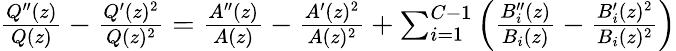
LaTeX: \begin{array}{r}{\frac{Q^{\prime\prime}(z)}{Q(z)}-\frac{Q^{\prime}(z)^{2}}{Q(z)^{2}}=\frac{A^{\prime\prime}(z)}{A(z)}-\frac{A^{\prime}(z)^{2}}{A(z)^{2}}+\sum_{i=1}^{C-1}\left(\frac{B_{i}^{\prime\prime}(z)}{B_{i}(z)}-\frac{B_{i}^{\prime}(z)^{2}}{B_{i}(z)^{2}}\right)}\end{array}